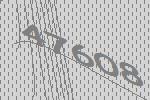
47608